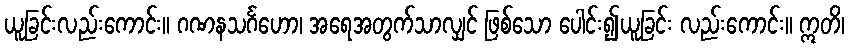
ယူခြင်းလည်းကောင်း။ ဂဏနသင်္ဂဟော၊ အရေအတွက်သာလျှင် ဖြစ်သော ပေါင်း၍ယူခြင်း လည်းကောင်း။ ဣတိ၊